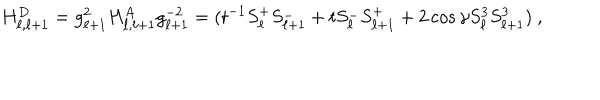
LaTeX: H _ { \ell , \ell + 1 } ^ { D } = g _ { \ell + 1 } ^ { 2 } H _ { \ell , \ell + 1 } ^ { A } g _ { \ell + 1 } ^ { - 2 } = ( t ^ { - 1 } S _ { \ell } ^ { + } S _ { \ell + 1 } ^ { - } + t S _ { \ell } ^ { - } S _ { \ell + 1 } ^ { + } + 2 \cos \gamma S _ { \ell } ^ { 3 } S _ { \ell + 1 } ^ { 3 } ) \ ,